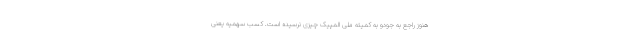
هنوز راجع به جودو به کمیته ملی المپیک چیزی نرسیده است. کسب سهمیه یعنی